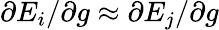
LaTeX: \partial E_{i}/\partial g\approx\partial E_{j}/\partial g